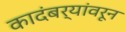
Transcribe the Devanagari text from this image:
कादंबर्‍यांवरून